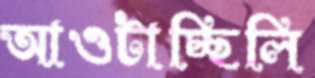
আওটাচ্ছিলি